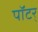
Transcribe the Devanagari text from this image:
पॉटर्